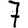
Digit: 7